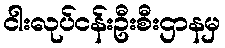
ငါးလုပ်ငန်းဦးစီးဌာနမှ